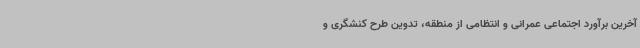
آخرین برآورد اجتماعی عمرانی و انتظامی از منطقه، تدوین طرح کنشگری و